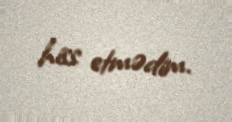
hiss etmədim.